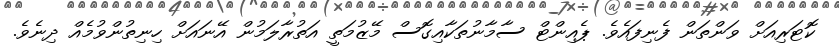
ކޮޓަރިއަށް ވަންތަން ފެނިފައެވެ. ޕެއިންޓް ސާމާނުތަކާއިގޮސް މޭޒުމަތީ އަތުރާލަމުން އޭނައަށް ހިނިތުންވުމެއް ދިނެވެ.